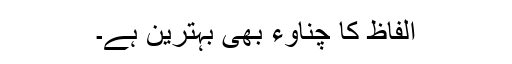
الفاظ کا چناوء بھی بہترین ہے۔